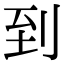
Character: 到